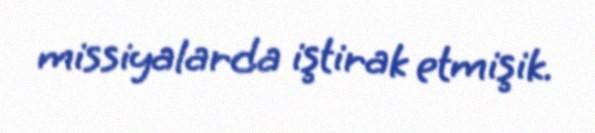
missiyalarda iştirak etmişik.